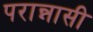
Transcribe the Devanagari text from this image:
परान्नासी